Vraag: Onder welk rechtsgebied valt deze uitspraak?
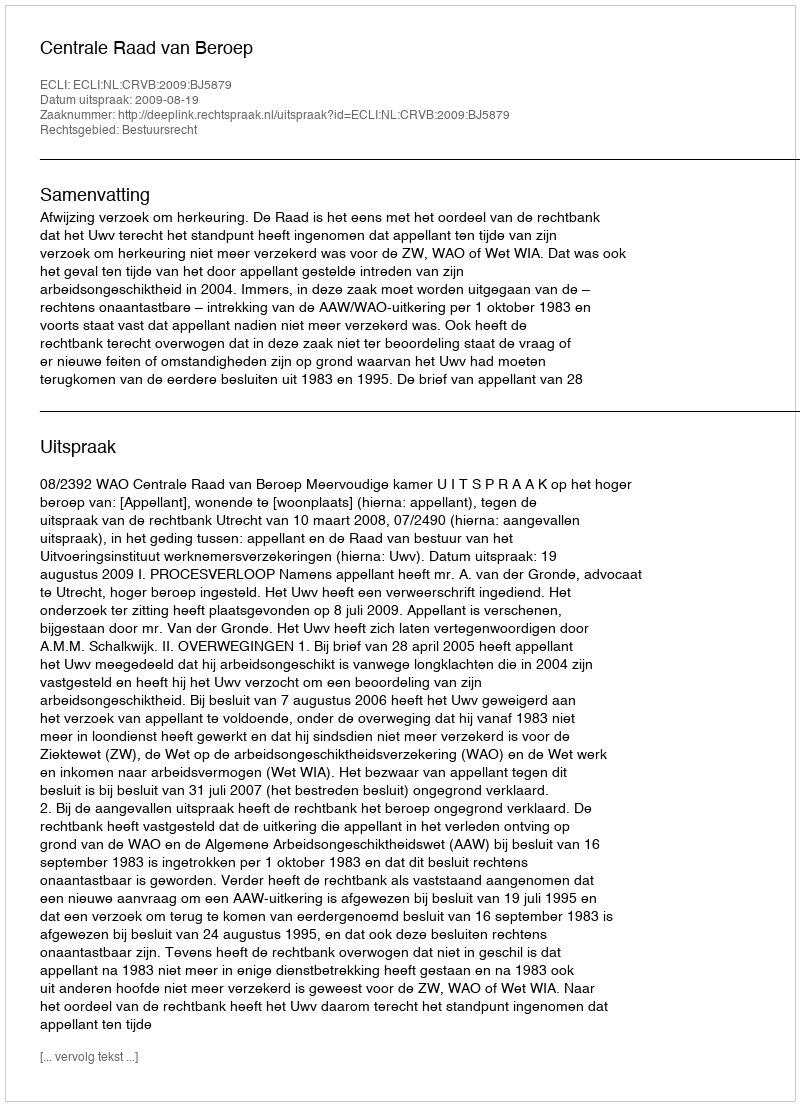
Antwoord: Bestuursrecht